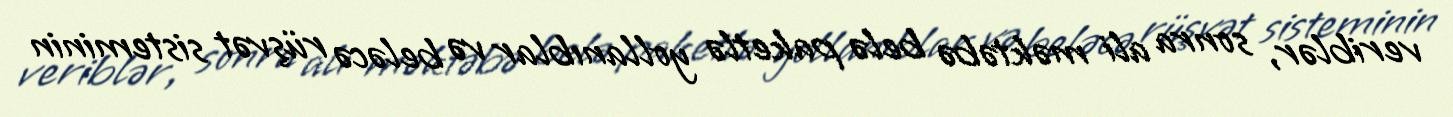
veriblər, sonra ali məktəbə belə paketlə yollanıblar və beləcə rüşvət sisteminin